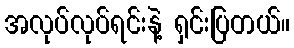
အလုပ်လုပ်ရင်းနဲ့ ရှင်းပြတယ်။